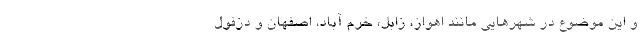
و این موضوع در شهرهایی مانند اهواز، زابل، خرم آباد، اصفهان و دزفول